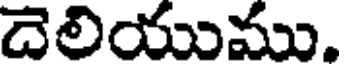
దెలియుము.